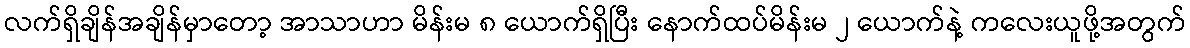
လက်ရှိချိန်အချိန်မှာတော့ အာသာဟာ မိန်းမ ၈ ယောက်ရှိပြီး နောက်ထပ်မိန်းမ ၂ ယောက်နဲ့ ကလေးယူဖို့အတွက်